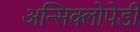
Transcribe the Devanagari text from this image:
अन्सिक्लोपेडी